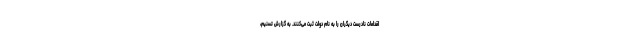
اقدامات نادرست دیگران را به نام دولت ثبت می‌کنند. به گزارش تسنیم،